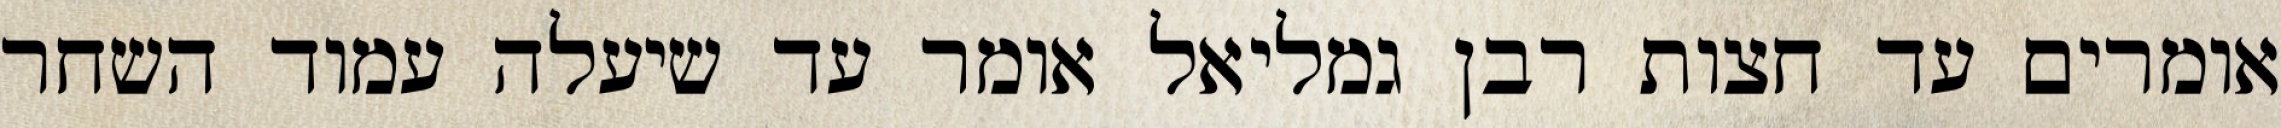
אומרים עד חצות רבן גמליאל אומר עד שיעלה עמוד השחר